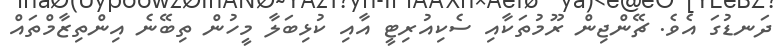
ދަނޑުގަ އެވެ. ޗޭންޖިން ރޫމުތަކާއި ސެކިއުރިޓީ އާއި ކުޅިބަލާ މީހުން ތިބޭނެ އިންތިޒާމްތައް